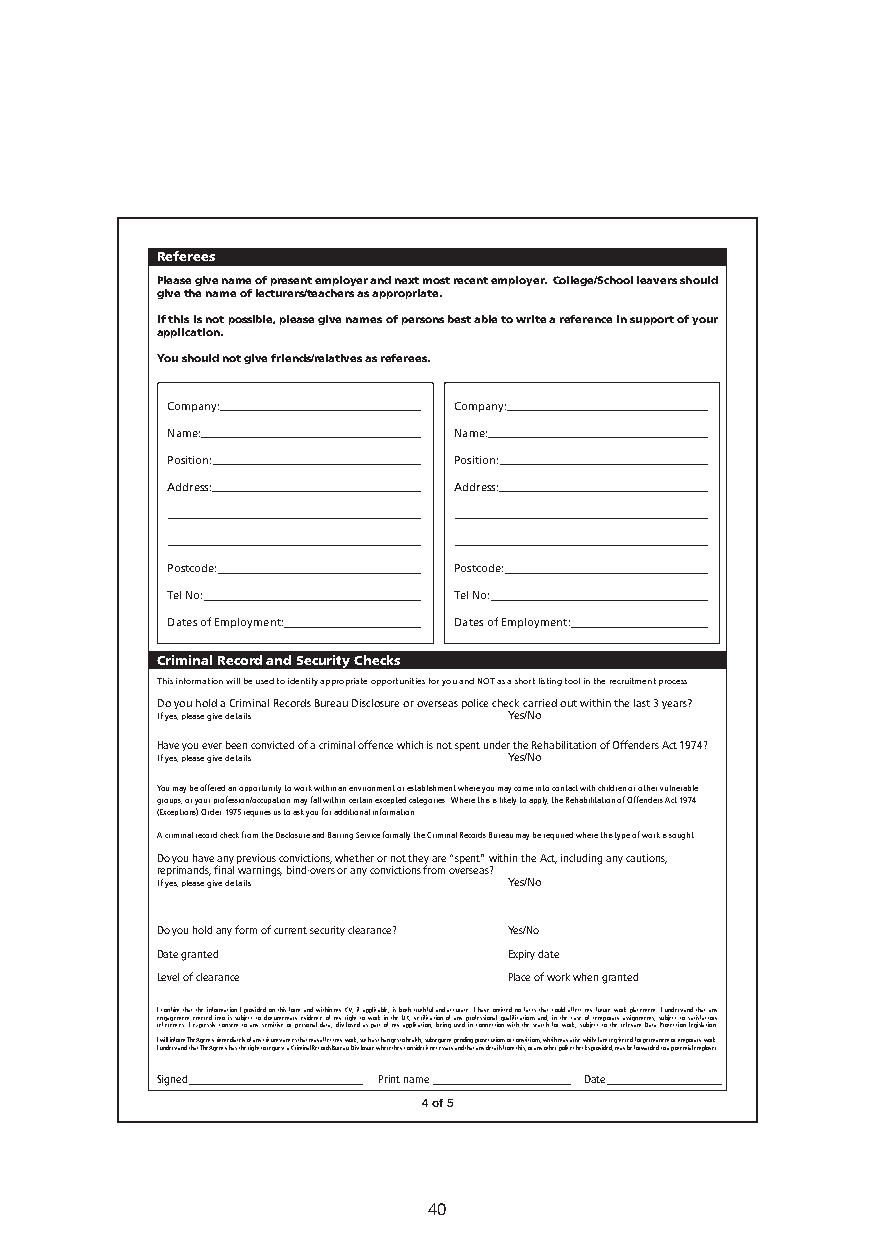
referees
 Please give name of present employer and next most recent employer. college/school leavers should
 give the name of lecturers/teachers as appropriate.
 if this is not possible, please give names of persons best able to write a reference in support of your
 application.
 you should not give friends/relatives as referees.
 Company:           Company:
 Name:              Name:
 Position:          Position:
 Address:           Address:
 Postcode:          Postcode:
 Tel No:            Tel No:
 Dates of Employment: Dates of Employment:
 criminal record and security checks
 criminal record and security checks
 This information will be used to identify appropriate opportunities for you and NOT as a short listing tool in the recruitment process
 Do you hold a Criminal Records Bureau Disclosure or overseas police check carried out within the last 3 years?
 If yes, please give details Yes/No
 Have you ever been convicted of a criminal offence which is not spent under the Rehabilitation of Offenders Act 1974?
 If yes, please give details Yes/No
 You may be offered an opportunity to work within an environment or establishment where you may come into contact with children or other vulnerable
 groups, or your profession/occupation may fall within certain excepted categories. Where this is likely to apply, the Rehabilitation of Offenders Act 1974
 (Exceptions) Order 1975 requires us to ask you for additional information.
 A criminal record check from the Disclosure and Barring Service formally the Criminal Records Bureau may be required where this type of work is sought.
 Do you have any previous convictions, whether or not they are “spent” within the Act, including any cautions,
 reprimands, final warnings, bind-overs or any convictions from overseas?
 If yes, please give details Yes/No
 Do you hold any form of current security clearance? Yes/No
 Date granted            Expiry date
 Level of clearance      Place of work when granted
 Declaration
 I confirm that the information I provided on this form and within my CV, if applicable, is both truthful and accurate. I have omitted no facts that could affect my future work placement. I understand that any
 engagement entered into is subject to documentary evidence of my right to work in the UK, verification of any professional qualifications and, in the case of temporary assignments, subject to satisfactory
 references. I expressly consent to any sensitive or personal data, disclosed as part of my application, being used in connection with the search for work, subject to the relevant Data Protection legislation.
 I will inform The Agency immediately of any circumstances that may affect my work, such as changes to health, subsequent pending prosecutions or convictions, which may arise whilst I am registered for permanent or temporary work.
 I understand that The Agency has the right to request a Criminal Records Bureau Disclosure where they consider it necessary and that any details from this, or any other police checks provided, may be forwarded to a potential employer.
 Signed         Print name    Date
 4 of 5
 40